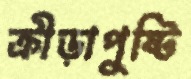
ক্রীড়াপুষ্টি